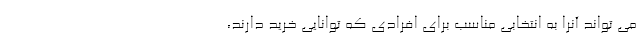
می تواند آنرا به انتخابی مناسب برای افرادی که توانایی خرید دارند،